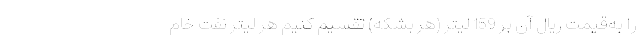
را به‌قیمت ریال آن بر 159 لیتر (هر بشکه) تقسیم کنیم هر لیتر نفت خام